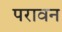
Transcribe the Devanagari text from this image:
परावन